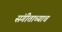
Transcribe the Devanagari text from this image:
संगीताच्याच